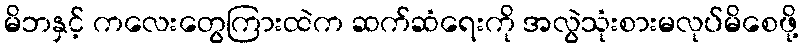
မိဘနှင့် ကလေးတွေကြားထဲက ဆက်ဆံရေးကို အလွဲသုံးစားမလုပ်မိစေဖို့